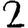
Digit: 2